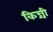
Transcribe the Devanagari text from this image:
किन्ची